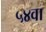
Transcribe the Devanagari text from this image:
५४वा